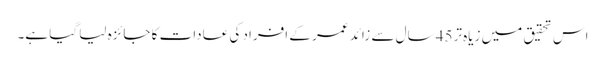
اس تحقیق میں زیاہ تر45 سال سے زائد عمر کے افراد کی عادات کا جائزہ لیا گیا ہے۔